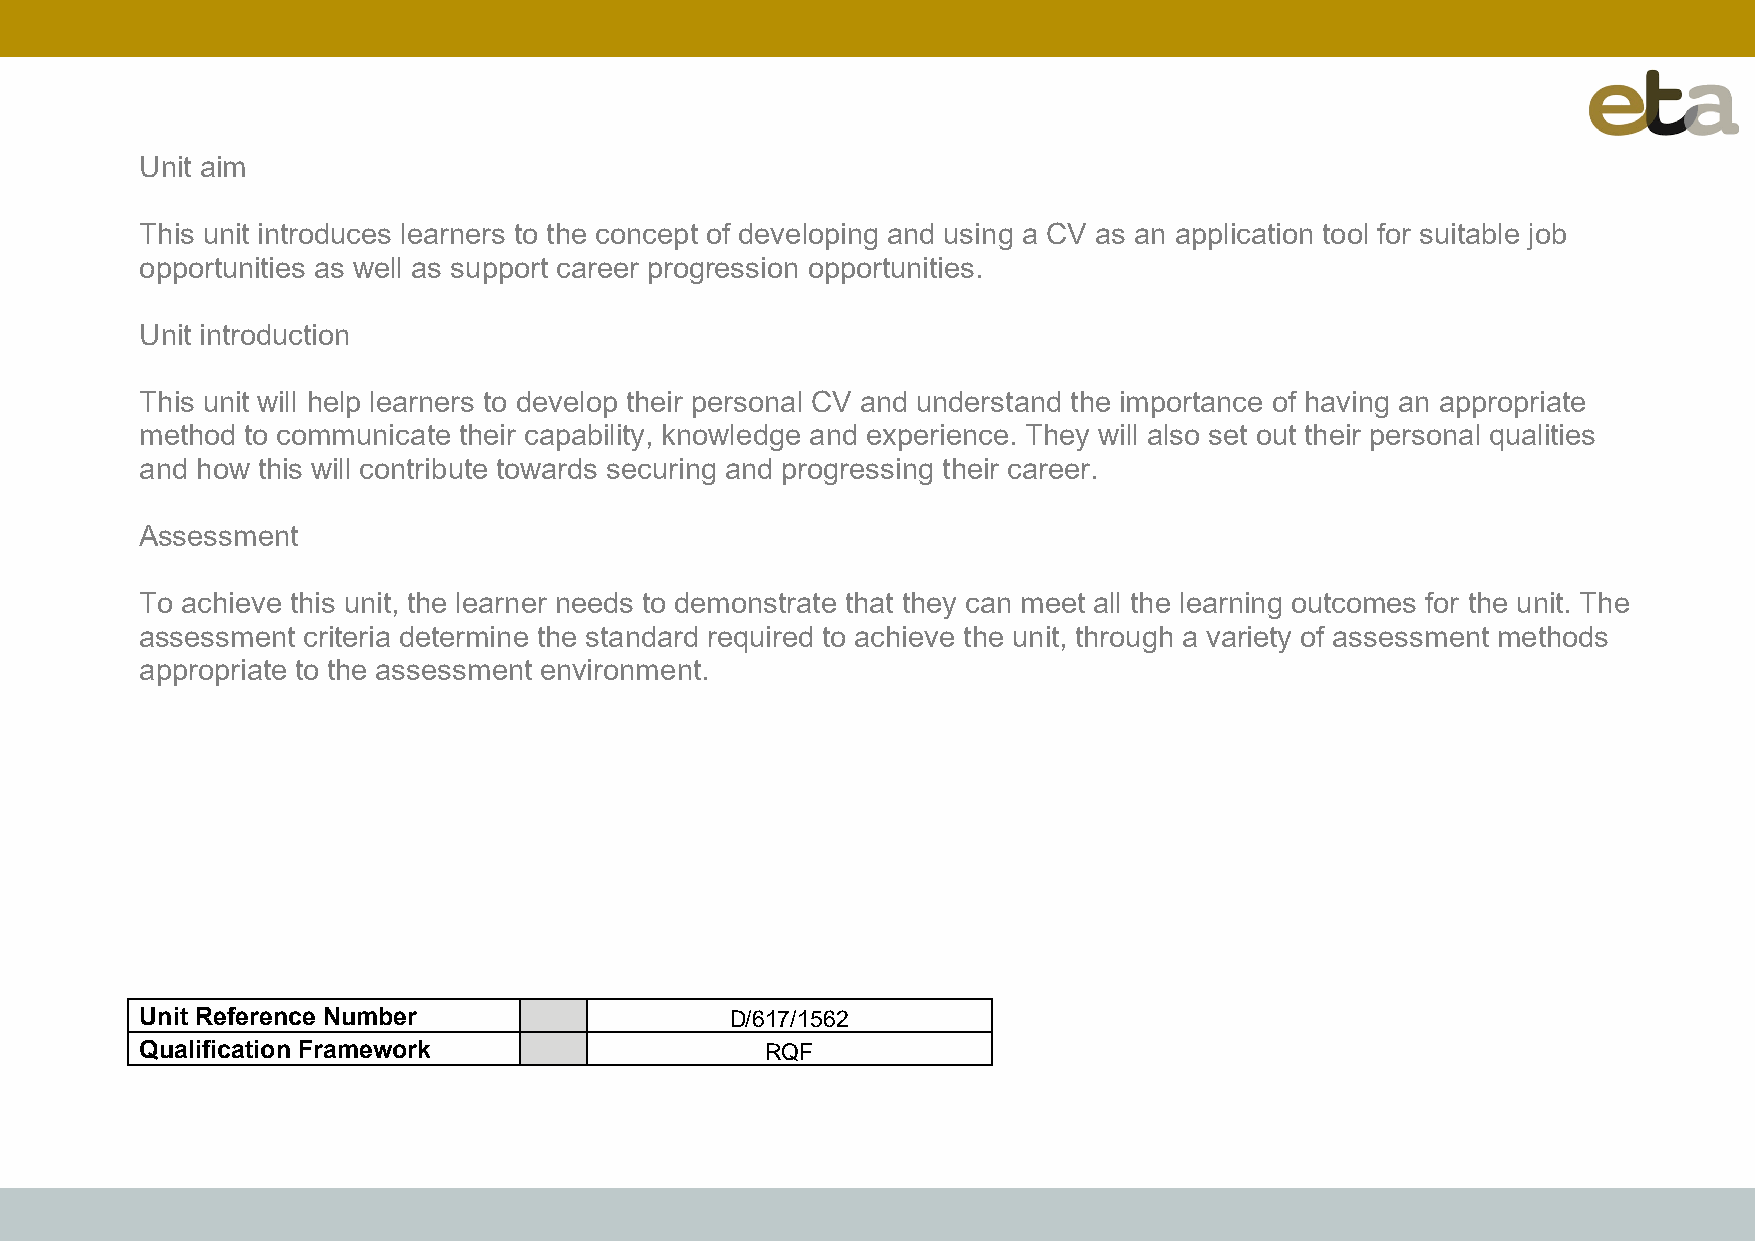
Unit aim
 This unit introduces learners to the concept of developing and using a CV as an application tool for suitable job
 opportunities as well as support career progression opportunities.
 Unit introduction
 This unit will help learners to develop their personal CV and understand the importance of having an appropriate
 method to communicate their capability, knowledge and experience. They will also set out their personal qualities
 and how this will contribute towards securing and progressing their career.
 Assessment
 To achieve this unit, the learner needs to demonstrate that they can meet all the learning outcomes for the unit. The
 assessment criteria determine the standard required to achieve the unit, through a variety of assessment methods
 appropriate to the assessment environment.
 Unit Reference Number                  D/617/1562
 Qualification Framework                   RQF